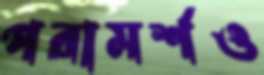
পরামর্শও